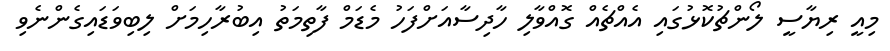
މިއީ ރިޔާސީ ލޯންޗުކޮޅުގައި އެއްޗެއް ގޮއްވާލި ހާދިސާއަށްފަހު މެޑަމް ފާތިމަތު އިބުރާހިމަށް ލިބިވަޑައިގެންނެވި